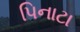
પિનાટા